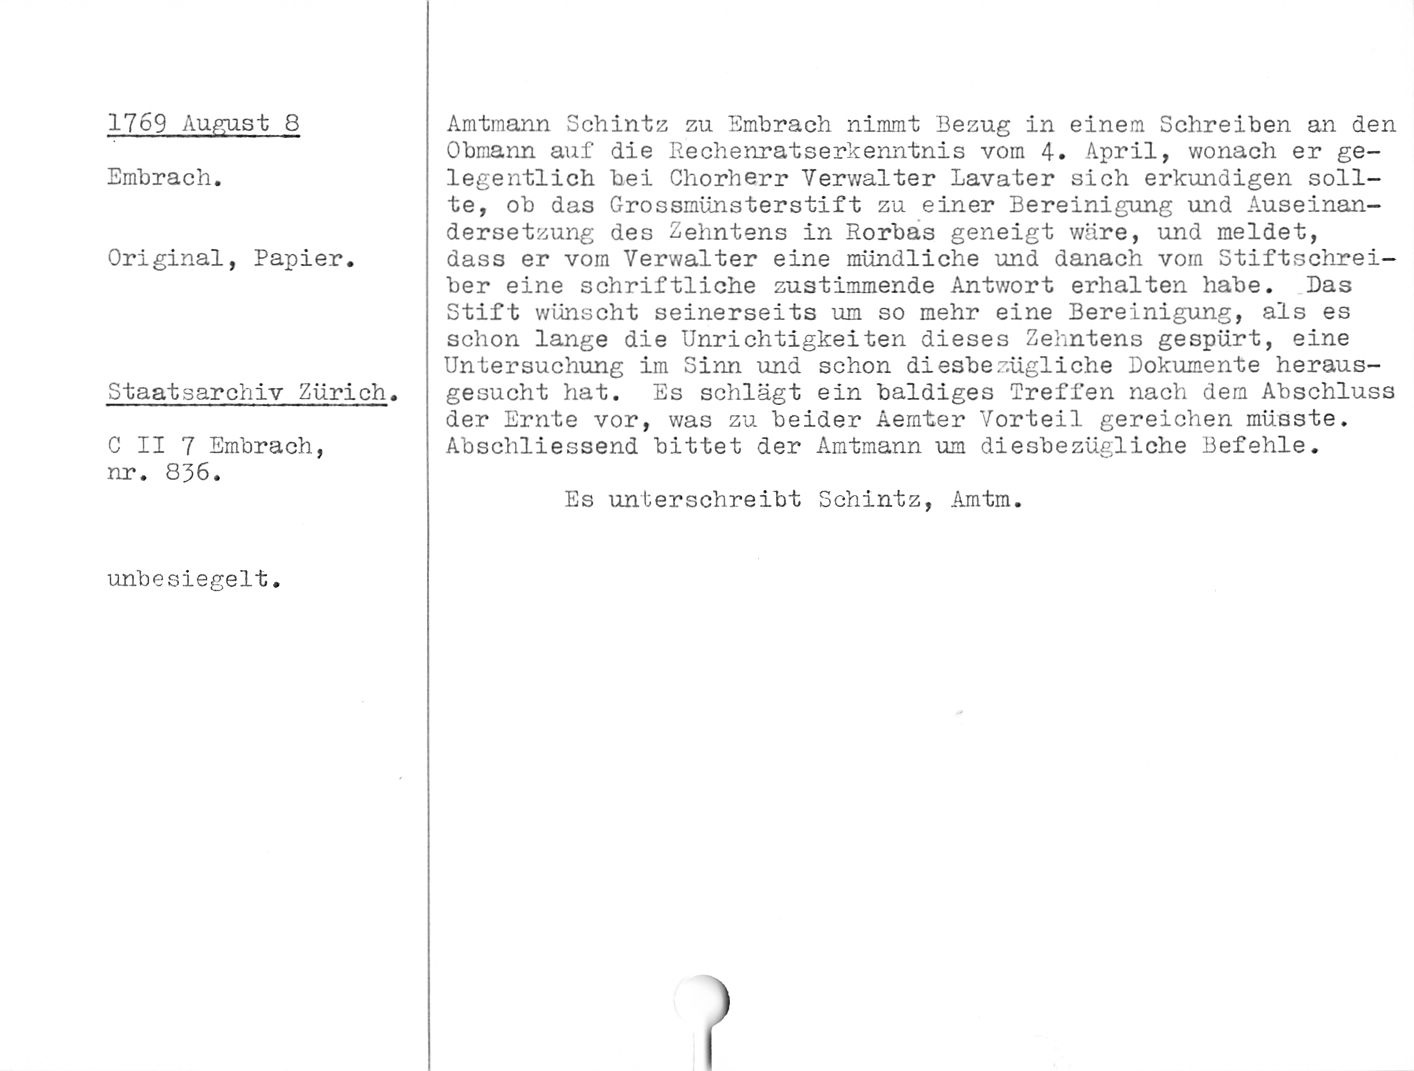
1769 August 8

Embrach.

Original, Papier.

Staatsarchiv Zürich.

C II 7 Embrach,
nr. 836.

unbesiegelt.

Amtmann Schintz zu Embrach nimmt Bezug in einem Schreiben an den
Obmann auf die Rechenratserkenntnis vom 4. April, wonach er ge¬
legentlich bei Chorherr Verwalter Lavater sich erkundigen soll¬
te, ob das Grossmünsterstift zu einer Bereinigung und Auseinan¬
dersetzung des Zehntens in Rorbas geneigt wäre, und meldet,
dass er vom Verwalter eine mündliche und danach vom Stiftschrei¬
ber eine schriftliche zustimmende Antwort erhalten habe. Das
Stift wünscht seinerseits um so mehr eine Bereinigung, als es
schon lange die Unrichtigkeiten dieses Zehntens gespürt, eine
Untersuchung im Sinn und schon diesbezügliche Dokumente heraus¬
gesucht hat. Es schlägt ein baldiges Treffen nach dem Abschluss
der Ernte vor, was zu beider Aemter Vorteil gereichen müsste.
Abschliessend bittet der Amtmann um diesbezügliche Befehle.

Es unterschreibt Schintz, Amtm.